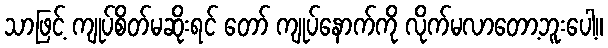
သာဖြင့် ကျုပ်စိတ်မဆိုးရင် တော် ကျုပ်နောက်ကို လိုက်မလာတော့ဘူးပေါ့။